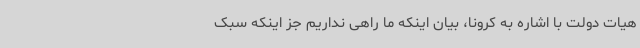
هیات دولت با اشاره به کرونا، بیان اینکه ما راهی نداریم جز اینکه سبک